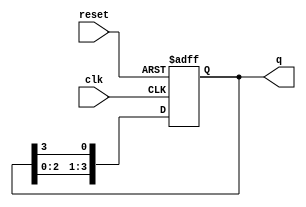
module ring_counter (
    input wire clk,       // Clock signal
    input wire reset,     // Asynchronous reset signal
    output reg [3:0] q    // 4-bit output representing the state of the ring counter
);

    // Always block triggered on the rising edge of the clock or the reset signal
    always @(posedge clk or posedge reset) begin
        if (reset) begin
            // On reset, initialize the counter to 0001
            q <= 4'b0001;
        end else begin
            // Shift the high state to the right
            q <= {q[2:0], q[3]}; // Circular shift
        end
    end

endmodule